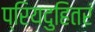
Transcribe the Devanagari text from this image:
प्रियदुहितरं